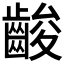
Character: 𪘑